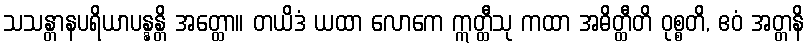
သသန္တာနပရိယာပန္နန္တိ အတ္ထော။ တယိဒံ ယထာ လောကေ ဣတ္ထီသု ကထာ အဓိတ္ထီတိ ဝုစ္စတိ, ဧဝံ အတ္တနိ